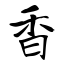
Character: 香